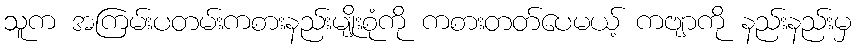
သူက အကြမ်းပတမ်းကစားနည်းမျိုးစုံကို ကစားတတ်ပေမယ့် ကဗျာကို နည်းနည်းမှ